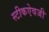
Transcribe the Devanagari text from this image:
स्टीकऐवजी